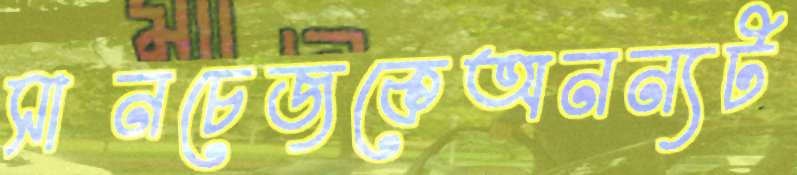
সানচেজকেঅনন্যট